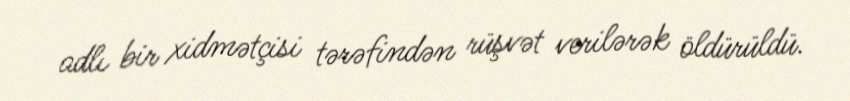
adlı bir xidmətçisi tərəfindən rüşvət verilərək öldürüldü.